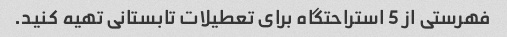
فهرستی از 5 استراحتگاه برای تعطیلات تابستانی تهیه کنید.